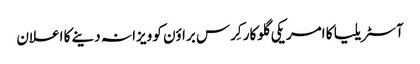
آ‎سٹریلیا کا امریکی گلوکار کِرس براؤن کو ویزا نہ دینے کا اعلان